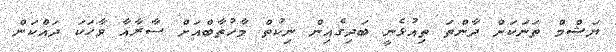
ޔަޝްމް ތަނަކަށް ދާންތަ ތިއުޅެނީ ބަދިގެއިން ނިކުތް މާހުތާބްއަށް ސާރާއާ ވާހަކަ ދައްކަން